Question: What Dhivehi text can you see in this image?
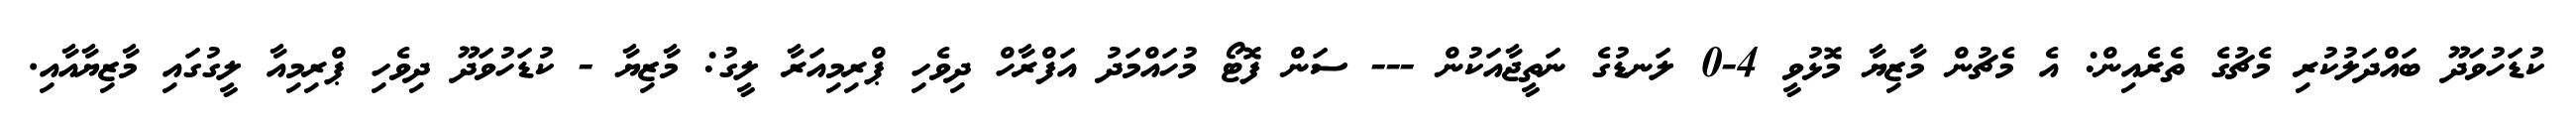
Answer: ކުޑަހުވަދޫ ބައްދަލުކުރި މެޗުގެ ތެރެއިން: އެ މެޗުން މާޒިޔާ މޮޅުވީ 4-0 ލަނޑުގެ ނަތީޖާއަކުން --- ސަން ފޮޓޯ މުހައްމަދު އަފްރާހް ދިވެހި ޕްރިމިއަރާ ލީގު: މާޒިޔާ - ކުޑަހުވަދޫ ދިވެހި ޕްރިމިއާ ލީގުގައި މާޒިޔާއާއި.